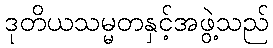
ဒုတိယသမ္မတနှင့်အဖွဲ့သည်